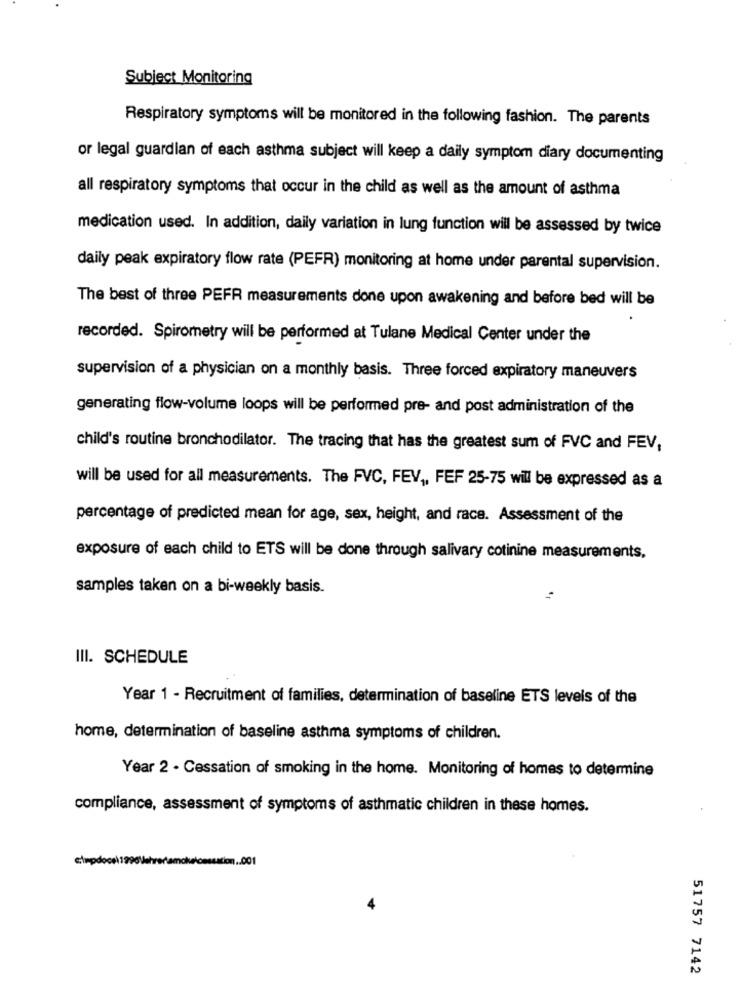
Subject Monitoring
Respiratory symptoms will be monitored in the following fashion. The parents
or legal guardian of each asthma subject will keep a daily symptom diary documenting
all respiratory symptoms that occur in the child as well as the amount of asthma
medication used. In addition, daily variation in lung function will be assessed by twice
daily peak expiratory flow rate (PEFR) monitoring at home under parental supervision.
The best of three PEFR measurements done upon awakening and before bed will be
recorded. Spirometry will be performed at Tulane Medical Center under the
supervision of a physician on a monthly basis. Three forced expiratory maneuvers
generating flow-volume loops will be performed pre- and post administration of the
child's routine bronchodilator. The tracing that has the greatest sum of FVC and FEV,
will be used for all measurements. The FVC, FEV ,, FEF 25-75 will be expressed as a
percentage of predicted mean for age, sex, height, and race. Assessment of the
exposure of each child to ETS will be done through salivary cotinine measurements,
samples taken on a bi-weekly basis.
III. SCHEDULE
Year 1 - Recruitment of families, determination of baseline ETS levels of the
home, determination of baseline asthma symptoms of children.
Year 2 - Cessation of smoking in the home. Monitoring of homes to determine
compliance, assessment of symptoms of asthmatic children in these homes.
51757 7142